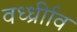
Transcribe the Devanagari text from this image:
वर्ध्ध्रीाव